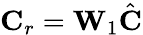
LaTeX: \mathbf{C}_{r}=\mathbf{W}_{1}\hat{\mathbf{C}}